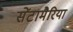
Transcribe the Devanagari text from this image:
सेंटामैरिया